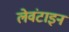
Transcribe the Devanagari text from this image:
लेवंटाइन